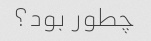
چطور بود؟